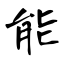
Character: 能